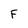
Character: F